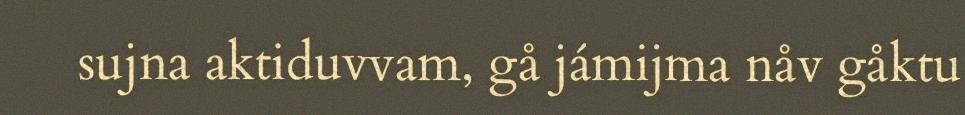
sujna aktiduvvam, gå jámijma nåv gåktu